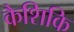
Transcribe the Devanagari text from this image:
कैशिकि